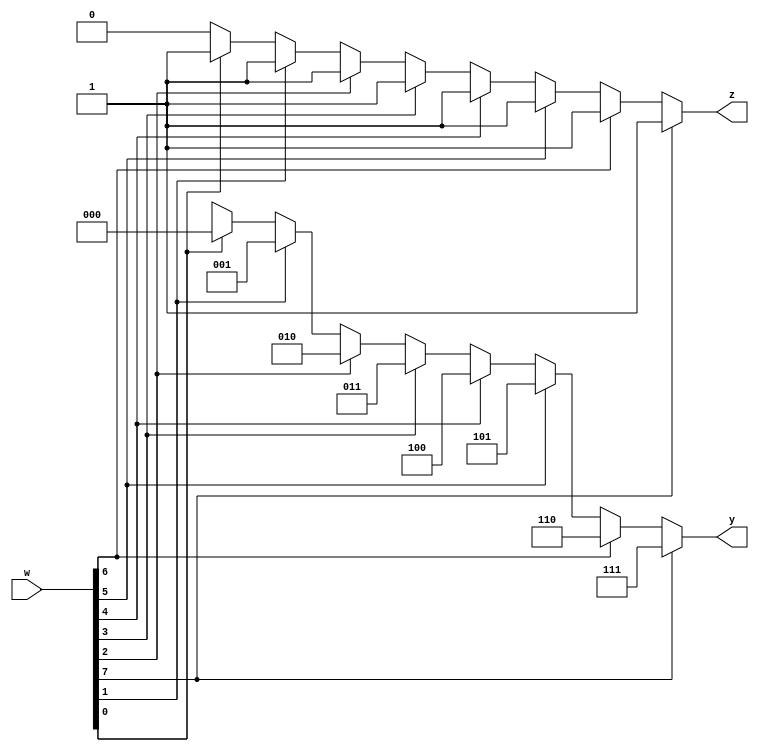
module prog2 (w, y, z);
	input [7:0] w;
	output [2:0] y;
	output z;
	reg [2:0] y;
	reg z;
	integer k;
	always @(w)
	begin
		y = 3'bx;
		z = 0;
		for (k = 0; k < 8; k = k + 1)
			if (w[k])
			begin
				y = k;
				z = 1;
			end
	end
endmodule